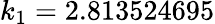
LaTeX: k_{1}=2.813524695